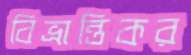
বিভ্রান্তিকর